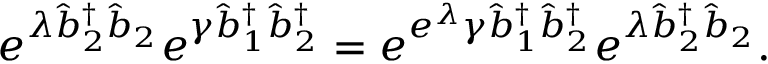
e ^ { \lambda \hat { b } _ { 2 } ^ { \dagger } \hat { b } _ { 2 } } e ^ { \gamma \hat { b } _ { 1 } ^ { \dagger } \hat { b } _ { 2 } ^ { \dagger } } = e ^ { e ^ { \lambda } \gamma \hat { b } _ { 1 } ^ { \dagger } \hat { b } _ { 2 } ^ { \dagger } } e ^ { \lambda \hat { b } _ { 2 } ^ { \dagger } \hat { b } _ { 2 } } .